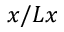
x / L x